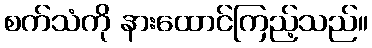
စက်သံကို နားထောင်ကြည့်သည်။